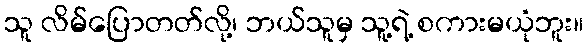
သူ လိမ်ပြောတတ်လို့၊ ဘယ်သူမှ သူ့ရဲ့ စကားမယုံဘူး။